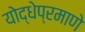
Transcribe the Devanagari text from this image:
योद्धेप्रमाणे